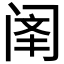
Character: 𫔳